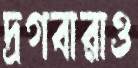
দ্রগবারাও